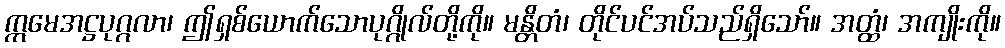
ဣမေအဋ္ဌပုဂ္ဂလာ၊ ဤရှစ်ယောက်သောပုဂ္ဂိုလ်တို့ကို။ မန္တိတံ၊ တိုင်ပင်အပ်သည်ရှိသော်။ အတ္ထံ၊ အကျိုးကို။